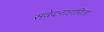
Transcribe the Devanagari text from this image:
संवेदनाहारिता